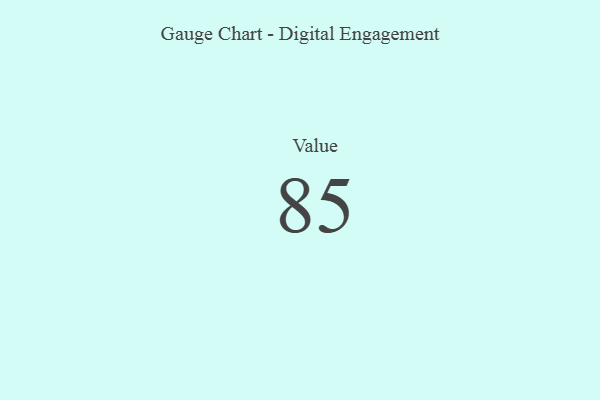
{"axis": {"x": "Metric", "y": "Value"}, "legend": [""], "data": [{"x": "Value", "y": 85, "type": ""}]}